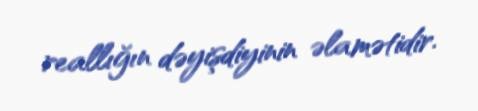
reallığın dəyişdiyinin əlamətidir.